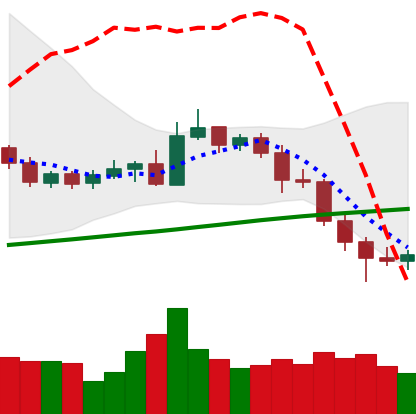
Ticker: NEO-USD
Chart end date: 2020-11-01
Forward return: 5.175%
Label: up_5_7